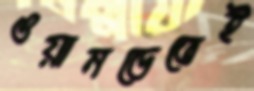
ওয়ানডেতেই